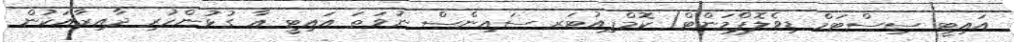
އައިޓީ ސިސްޓަމް ޑިވެލޮޕްމަންޓް/ ކޮމްޕިއުޓަރ ސައިންސް ނުވަތަ އައިޓީ އާ ގުޅުންހުރި ދާއިރާއަކުން